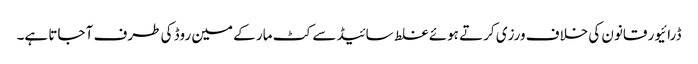
ڈرائیور قانون کی خلاف ورزی کرتے ہوئے غلط سائیڈ سے کٹ مار کے مین روڈ کی طرف آ جاتا ہے۔